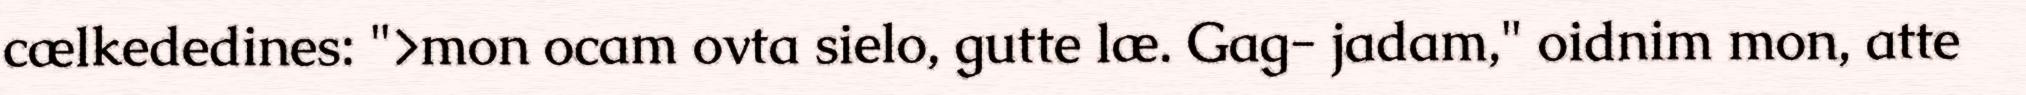
cælkededines: ">mon ocam ovta sielo, gutte læ. Gag- jadam," oidnim mon, atte